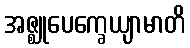
အဇ္ဈုပေက္ခေယျာမာတိ